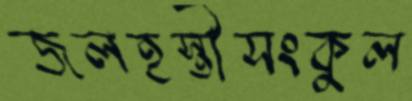
জলহস্তীসংকুল